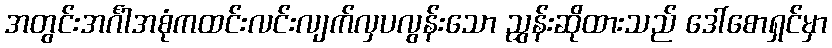
အတွင်းအင်္ဂါအစုံကထင်းလင်းလျက်လှပလွန်းသော ညွှန်းဆိုထားသည် ဒေါ်စောရှင်မှာ